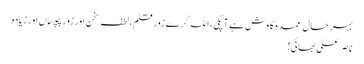
بہر حال عمدہ کاوش ہے آپکی ، اللہ کرے زورِ قلم ،لطفِ سخن اور زور چپساں اور زیادہ
ناصر علی بھائی!